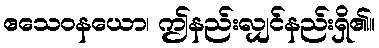
ဧသေဝနယော၊ ဤနည်းလျှင်နည်းရှိ၏။